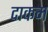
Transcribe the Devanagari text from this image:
दाकम